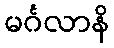
မင်္ဂလာနိ